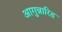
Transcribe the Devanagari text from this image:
आगुन्नारिड